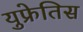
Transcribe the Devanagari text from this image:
युफ्रेतिस